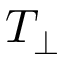
T _ { \perp }